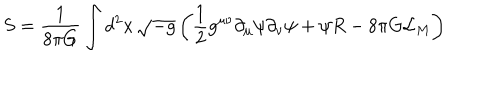
LaTeX: S = \frac { 1 } { 8 \pi G } \int d ^ { 2 } x \, \sqrt { - g } \left( \frac { 1 } { 2 } g ^ { \mu \nu } \partial _ { \mu } \psi \partial _ { \nu } \psi + \psi R - 8 \pi G { \cal L } _ { M } \right)